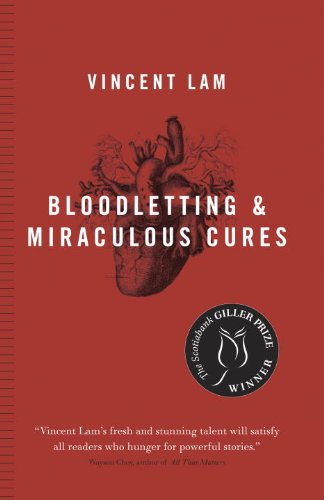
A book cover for Bloodletting and Miraculous Cures: Stories; Vincent Lam; Literature & Fiction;